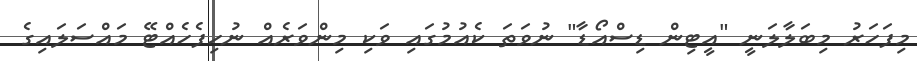
މިފަހަރު މިބަލާލަނީ "އީޓިން ޑިސްއޯޑާ" ނުވަތަ ކެއުމުގައި ވަކި މިންވަރެއް ނުހިފެހެއްޓޭ މައްސަލައިގެ